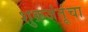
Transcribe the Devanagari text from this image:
शुक्रजंतूंचा